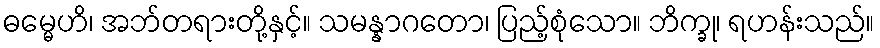
ဓမ္မေဟိ၊ အဘ်တရားတို့နှင့်။ သမန္နာဂတော၊ ပြည့်စုံသော။ ဘိက္ခု၊ ရဟန်းသည်။